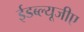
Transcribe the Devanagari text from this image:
ईडब्ल्यूजीए